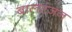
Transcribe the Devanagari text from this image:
बालरंजन